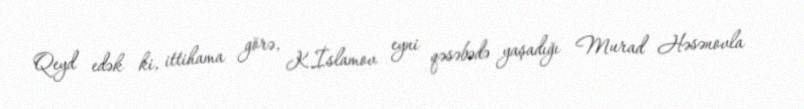
Qeyd edək ki, ittihama görə, K.İslamov eyni qəsəbədə yaşadığı Murad Həsənovla